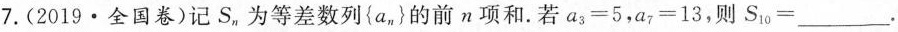
7.(2019·全国卷)记S_{n}为等差数列\left\{ a_{n}\right\}的前n项和.若$$a_{3}=5$$，$$a_{7}=13$$，则$$S_{10}=___$$.